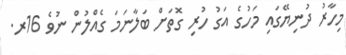
މިހާރު ދުނިޔޭގައި މަހުގެ އަގު ހުރި ގޮތަށް ބަލާނަމަ ގެއްލުން ނުވެ 16ރ.